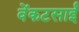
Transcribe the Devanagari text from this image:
वेंकटसाईं